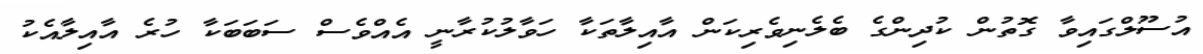
އުސޫލްގައިވާ ގޮތުން ކުދިންގެ ބެލެނިވެރިކަން އާއިލާތަކާ ހަވާލުކުރާނީ އެއްވެސް ސަބަބަކާ ހުރެ އާއިލާއެކު